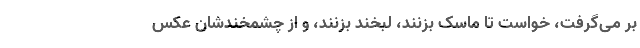
بر می‌گرفت، خواست تا ماسک بزنند، لبخند بزنند، و از چشمخندشان عکس